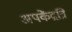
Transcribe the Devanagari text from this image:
अपकेंद्रत्रि